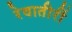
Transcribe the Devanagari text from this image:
रेवातीरीं